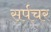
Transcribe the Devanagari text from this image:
सर्पचर